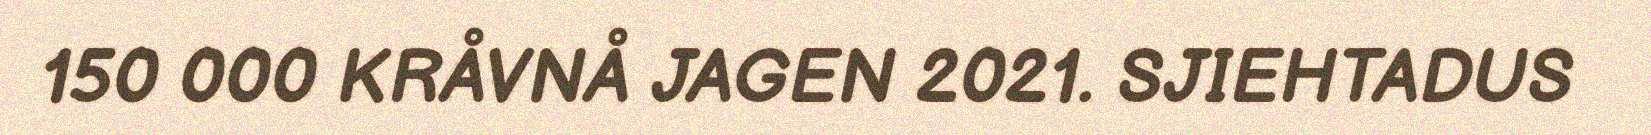
150 000 KRÅVNÅ JAGEN 2021. SJIEHTADUS